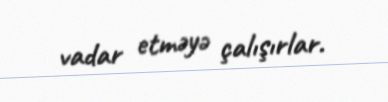
vadar etməyə çalışırlar.